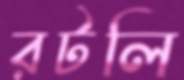
রটলি